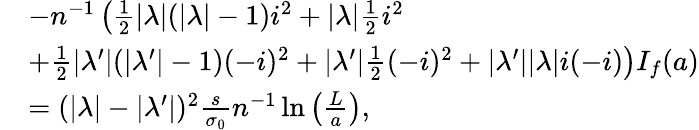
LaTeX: \begin{array}{rl}&{-n^{-1}\left(\frac 12|\lambda|(|\lambda|-1)i^{2}+|\lambda|\frac 12i^{2}\right.}\\ &{\left.+\frac 12|\lambda^{\prime}|(|\lambda^{\prime}|-1)(-i)^{2}+|\lambda^{\prime}|\frac 12(-i)^{2}+|\lambda^{\prime}||\lambda|i(-i)\right)I_{f}{(a)}}\\ &{=(|\lambda|-|\lambda^{\prime}|)^{2}\frac{s}{\sigma_{0}}n^{-1}\ln\left(\frac{L}{a}\right),}\end{array}